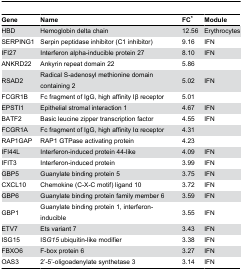
<table><thead><tr><td><b>Gene</b></td><td><b>Name</b></td><td><b>FC*</b></td><td><b>Module</b></td></tr></thead><tbody><tr><td>HBD</td><td>Hemoglobin delta chain</td><td>12.56</td><td>Erythrocytes</td></tr><tr><td>SERPING1</td><td>Serpin peptidase inhibitor (C1 inhibitor)</td><td>9.16</td><td>IFN</td></tr><tr><td>IFI27</td><td>Interferon alpha-inducible protein 27</td><td>8.10</td><td>IFN</td></tr><tr><td>ANKRD22</td><td>Ankyrin repeat domain 22</td><td>5.86</td><td></td></tr><tr><td>RSAD2</td><td>Radical S-adenosyl methionine domain containing 2</td><td>5.02</td><td>IFN</td></tr><tr><td>FCGR1B</td><td>Fc fragment of IgG, high affinity Iβ receptor</td><td>5.01</td><td></td></tr><tr><td>EPSTI1</td><td>Epithelial stromal interaction 1</td><td>4.67</td><td>IFN</td></tr><tr><td>BATF2</td><td>Basic leucine zipper transcription factor</td><td>4.55</td><td>IFN</td></tr><tr><td>FCGR1A</td><td>Fc fragment of IgG, high affinity Iα receptor</td><td>4.31</td><td></td></tr><tr><td>RAP1GAP</td><td>RAP1 GTPase activating protein</td><td>4.23</td><td></td></tr><tr><td>IFI44L</td><td>Interferon-induced protein 44-like</td><td>4.09</td><td>IFN</td></tr><tr><td>IFIT3</td><td>Interferon-induced protein</td><td>3.99</td><td>IFN</td></tr><tr><td>GBP5</td><td>Guanylate binding protein 5</td><td>3.75</td><td>IFN</td></tr><tr><td>CXCL10</td><td>Chemokine (C-X-C motif) ligand 10</td><td>3.72</td><td>IFN</td></tr><tr><td>GBP6</td><td>Guanylate binding protein family member 6</td><td>3.59</td><td>IFN</td></tr><tr><td>GBP1</td><td>Guanylate binding protein 1, interferon-inducible</td><td>3.55</td><td>IFN</td></tr><tr><td>ETV7</td><td>Ets variant 7</td><td>3.43</td><td>IFN</td></tr><tr><td>ISG15</td><td>IS<i>G15</i> ubiquitin-like modifier</td><td>3.38</td><td>IFN</td></tr><tr><td>FBXO6</td><td>F-box protein 6</td><td>3.27</td><td>IFN</td></tr><tr><td>OAS3</td><td>2’-5’-oligoadenylate synthetase 3</td><td>3.14</td><td>IFN</td></tr></tbody></table>